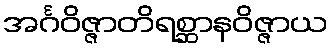
အင်္ဂဝိဇ္ဇာတိရစ္ဆာနဝိဇ္ဇာယ